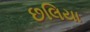
છલિયા